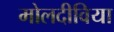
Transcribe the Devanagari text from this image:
मोलदीविया